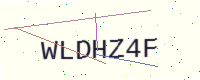
Text: WLDHZ4F